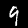
Label: 9